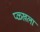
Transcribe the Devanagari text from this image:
प्ळ्खला